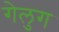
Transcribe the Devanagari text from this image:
गेलुग